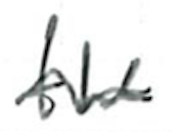
Text: the
Cross-out: wave
Writing tool: ballpoint